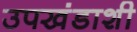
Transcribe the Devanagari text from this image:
उपखंडाशी